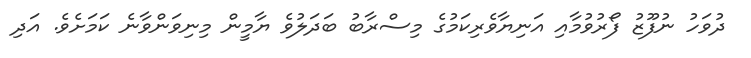
ދުވަހު ނުފޫޒު ފޯރުވުމާއި އަނިޔާވެރިކަމުގެ މިސްރާބު ބަދަލުވެ ޔާމީން މިނިވަންވާނެ ކަމަށެވެ. އަދި